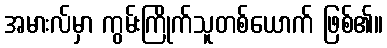
အမားလ်မှာ ကွမ်းကြိုက်သူတစ်ယောက် ဖြစ်၏။